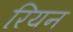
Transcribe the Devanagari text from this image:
रियन